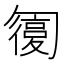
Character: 𠤇